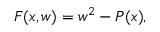
F ( x , w ) = w ^ { 2 } - P ( x ) ,